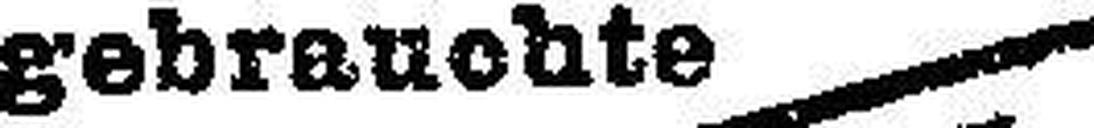
gebrauchte